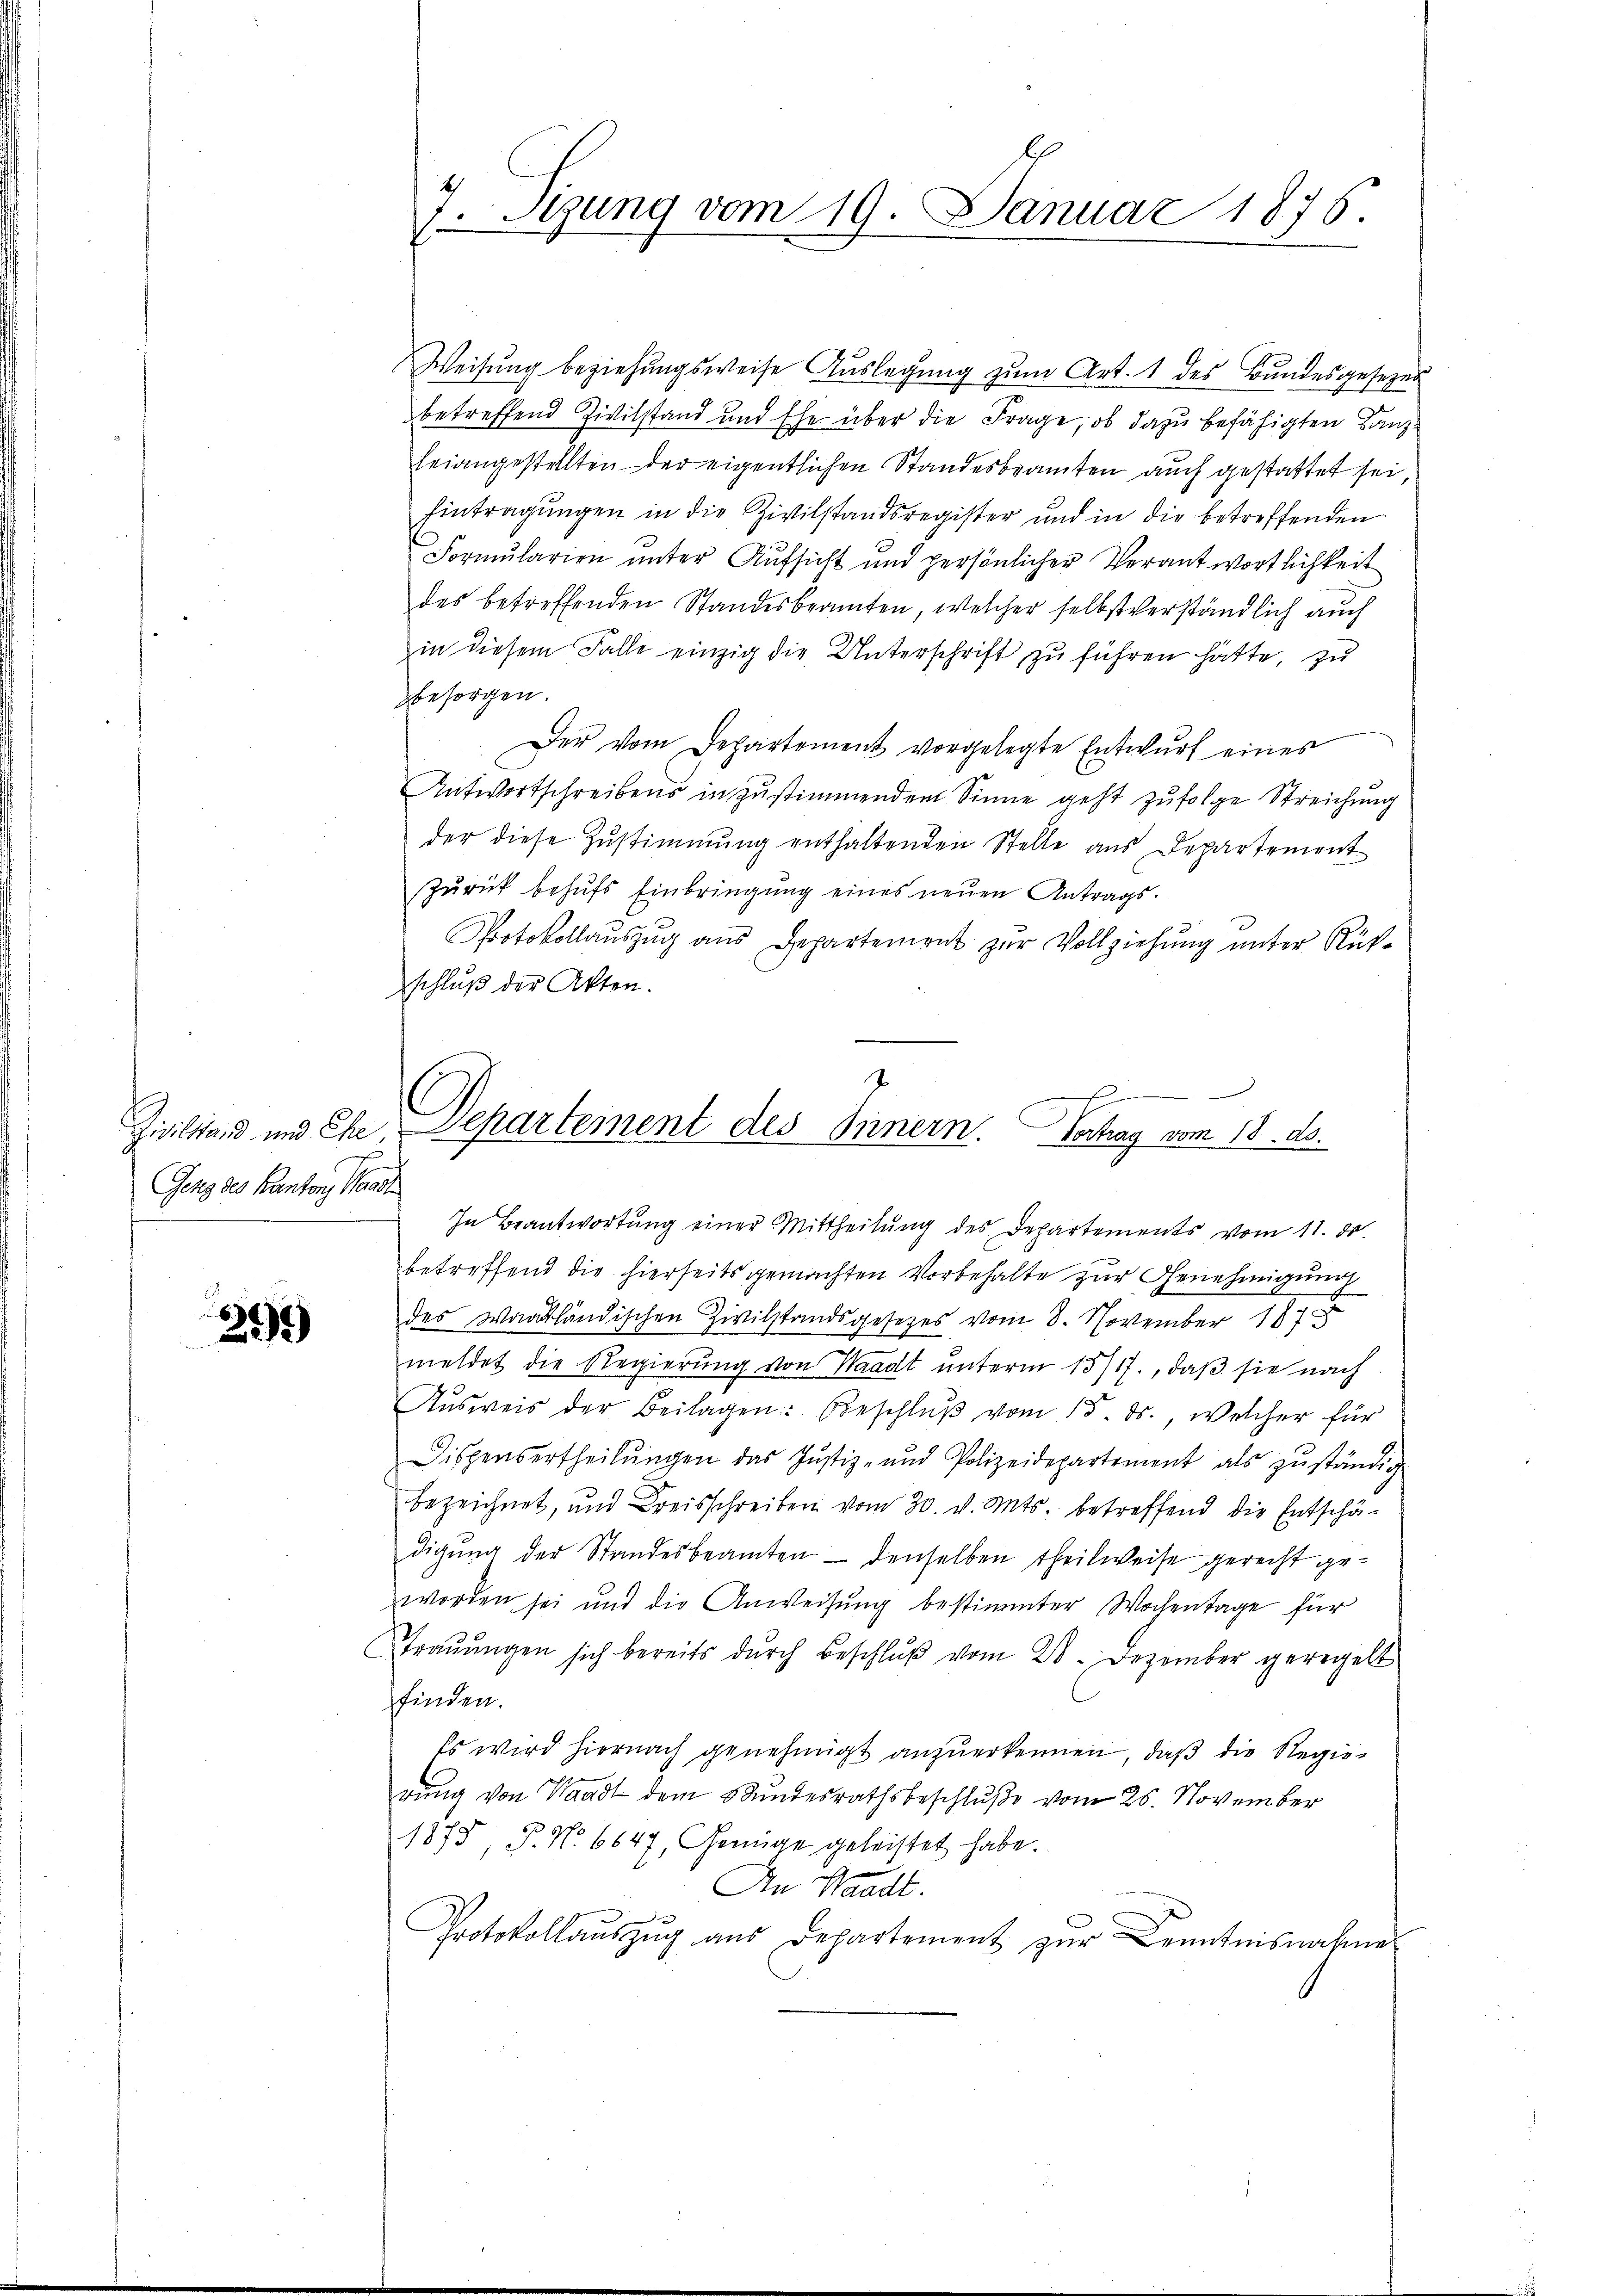
Geng des Kanton, Waadt

255)

7. Sizung vom 19. Januar 1876.

Weisŭng beziehŭngsweise Aŭslegŭng zŭm Art. 1 des Bŭndesgesezer
betreffend Zivilstand und Ehe über die Frage, ob dazu befähigten Tanz
leiangestellten der eigentlichen Standesbeamten auch gestattet sei,
Eintragungen in die Zivilstandsregister und in die betreffenden
Formularien unter Aufsicht und persönlicher Verantwortlichkeit
des betreffenden Standesbeamten, welcher selbstverständlich auch
in diesem Falle einzig die Unterschrift zu führen hätte, zu
besorgen.
e
Der vom Departement vorgelegte Entwurf eines
Antwortschreibens in zustimmendem Sinne geht zufolge Streichung
der diese Zŭstimmung enthaltenden Stelle aus Departement
Zurück behufs Einbringung eines neuen Antrags-
Protokollauszug aus Departement zur Vollziehung unter Rükschluß der Akten.
In Beantwortung einer Mittheilung des Departements vom 11. ds.
betreffend die hierseits gemachten Vorbehalte zur Genehmigung
des Waadtländischen Zivilstandsgesetzes vom 8. November 1848
meldet die Regierung von Waadt unterm 13/17., daß sie nach
Aŭsweis der Beilagen: Beschlŭβ vom 15. ds., welcher für
Dispensertheilŭngen das Justiz- und Polizeidepartement als zŭständig
bezeichnet, und Kreisschreiben vom 30. v. Mts. betreffend die Entschä-
digŭng der Standesbeamten - denselben theilweise gerecht geworden sei und die Anweisŭng bestimmter Wochentage für
raŭŭngen sich bereits dŭrch Beschlŭβ vom 28. Dezember geregelt
sfinden.
Es wird hiernach genehmigt anzuerkennen, daß die Regierung von Waadt dem Kundesrathsbeschluße vom 26. November
1875 P. No 6647, Genüge geleistet habe.
An Waadt.
Protokollaŭszŭg aŭs Departement zur Kenntnisnahme

|
3
Zivilstand und Ehe, Departement des Innern. Verhag vom 18. ds.